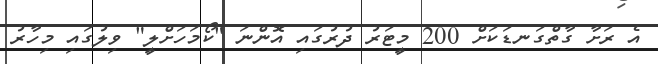
އެ ރަށާ ގާތްގަނޑަކަށް 200 މީޓަރު ދުރުގައި އޮންނަ "ކޯމަހަށްލީ" ވިލުގައި މިހާރު